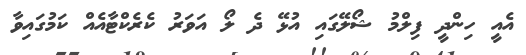
އެއީ ހިންދީ ފިލްމު ޝޯލޭގައި އުޅޭ ދެ ލޯ އަވަރު ކެރެކްޓާއެއް ކަމުގައިވާ